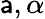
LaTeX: \mathsf{a},\alpha